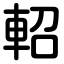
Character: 軺